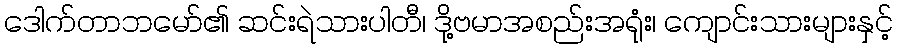
ဒေါက်တာဘမော်၏ ဆင်းရဲသားပါတီ၊ ဒို့ဗမာအစည်းအရုံး၊ ကျောင်းသားများနှင့်